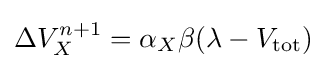
\Delta V_{X}^{n+1}=\alpha _{X}\beta (\lambda -V_{\mathrm {tot} })